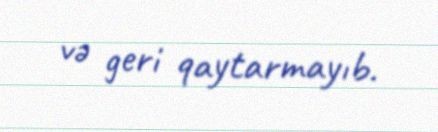
və geri qaytarmayıb.